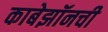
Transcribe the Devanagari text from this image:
काबेझॉनची